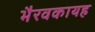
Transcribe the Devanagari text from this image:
भैरवकायह